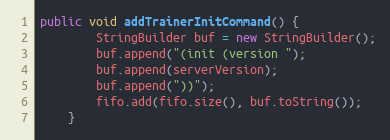
Language: Java
public void addTrainerInitCommand() {
        StringBuilder buf = new StringBuilder();
        buf.append("(init (version ");
        buf.append(serverVersion);
        buf.append("))");
        fifo.add(fifo.size(), buf.toString());
    }